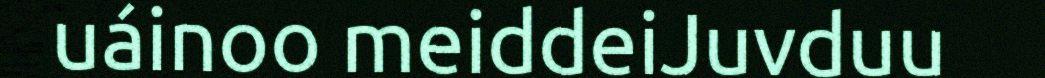
uáinoo meiddeiJuvduu